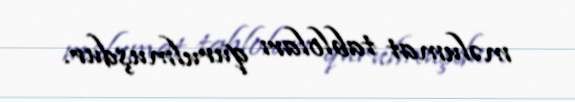
məlumat tabloları qurulmuşdur.